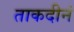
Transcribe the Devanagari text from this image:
ताकदीनं